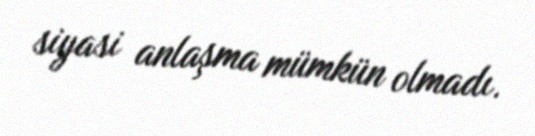
siyasi anlaşma mümkün olmadı.